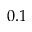
0 . 1